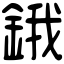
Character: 鋨